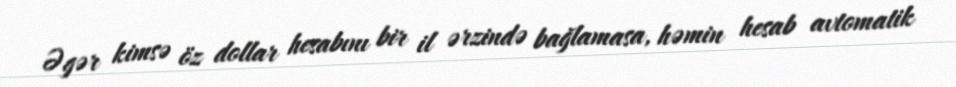
Əgər kimsə öz dollar hesabını bir il ərzində bağlamasa, həmin hesab avtomatik